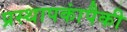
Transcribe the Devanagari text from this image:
प्रस्थापकांपैकी